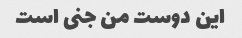
این دوست من جنی است